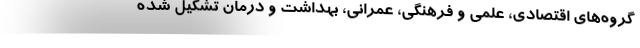
گروه‌های اقتصادی، علمی و فرهنگی، عمرانی، بهداشت و درمان تشکیل شده